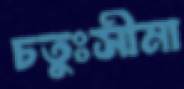
চতুঃসীমা